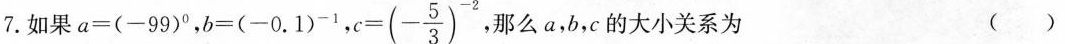
7.如果 a = (-99)^{0}，b = (-0.1)^{-1}， $$,c=(- \frac{5}{3})^{-1}$$ ，那么a，b，c的大小关系为 ()